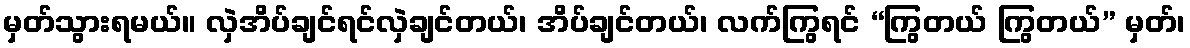
မှတ်သွားရမယ်။ လှဲအိပ်ချင်ရင်လှဲချင်တယ်၊ အိပ်ချင်တယ်၊ လက်ကြွရင် “ကြွတယ် ကြွတယ်” မှတ်၊